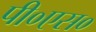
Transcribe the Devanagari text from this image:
पी०एस०